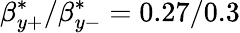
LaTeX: \beta_{y+}^{*}/\beta_{y-}^{*}=0.27/0.3